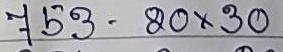
753 - 20 x 30